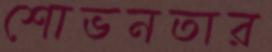
শোভনতার